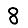
Digit: 8